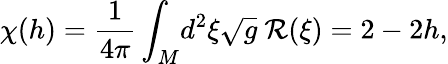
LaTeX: \chi(h)=\frac{1}{4\pi}\int_{M}\! d^{2}\xi\sqrt{g}\ {\cal R}(\xi)=2-2h,